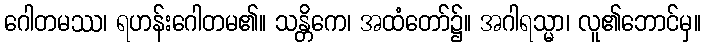
ဂေါတမဿ၊ ရဟန်းဂေါတမ၏။ သန္တိကေ၊ အထံတော်၌။ အဂါရသ္မာ၊ လူ၏ဘောင်မှ။